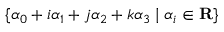
\{ \alpha _ { 0 } + i \alpha _ { 1 } + j \alpha _ { 2 } + k \alpha _ { 3 } \mid \alpha _ { i } \in \mathbf { R } \}